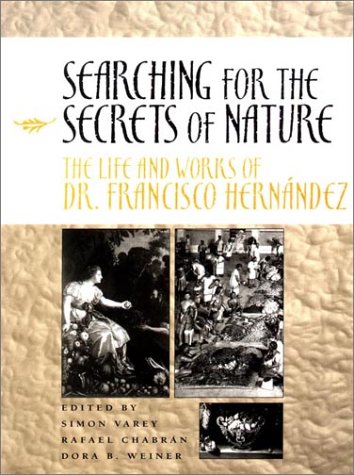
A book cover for Searching for the Secrets of Nature: The Life and Works of Dr. Francisco HernÃ¡ndez; Medical Books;